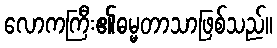
လောကကြီး၏ဓမ္မတာသာဖြစ်သည်။